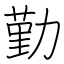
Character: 勤